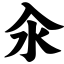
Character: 汆